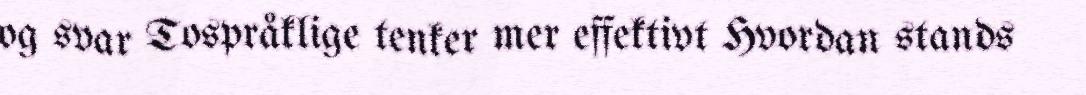
og svar Tospråklige tenker mer effektivt Hvordan stands